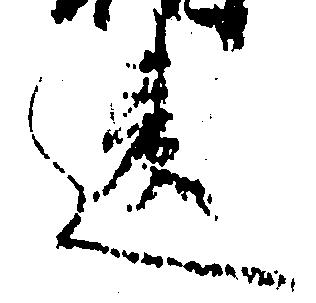
違